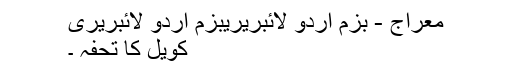
معراج - بزم اردو لائبریریبزم اردو لائبریری
کویل کا تحفہ ۔